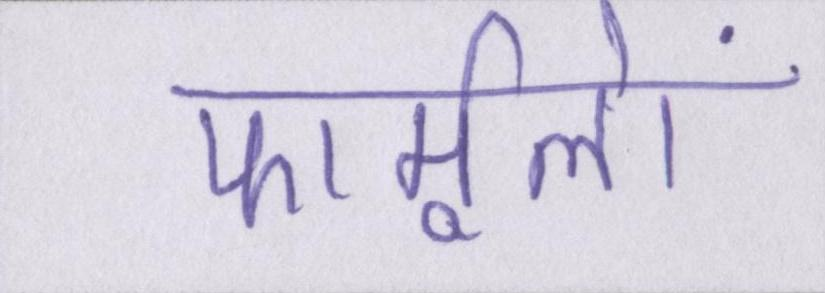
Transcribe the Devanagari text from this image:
फार्मूलों